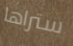
ستراها